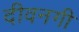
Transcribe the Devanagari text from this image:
दीवनगी